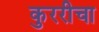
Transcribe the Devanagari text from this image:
कुररीचा